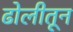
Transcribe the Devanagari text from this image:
ढोलीतून